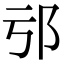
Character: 𨙱